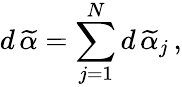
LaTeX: d\, \widetilde{\alpha}=\sum_{j=1}^{N}d\, \widetilde{\alpha}_{j}\, ,